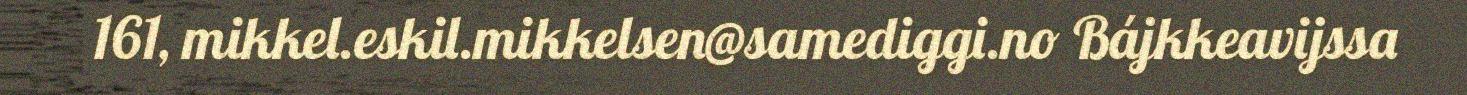
161, mikkel.eskil.mikkelsen@samediggi.no Bájkkeavijssa